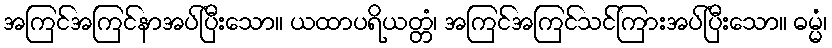
အကြင်အကြင်နာအပ်ပြီးသော။ ယထာပရိယတ္တံ၊ အကြင်အကြင်သင်ကြားအပ်ပြီးသော။ ဓမ္မံ၊